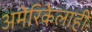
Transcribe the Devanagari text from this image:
अमेरिकेलाही